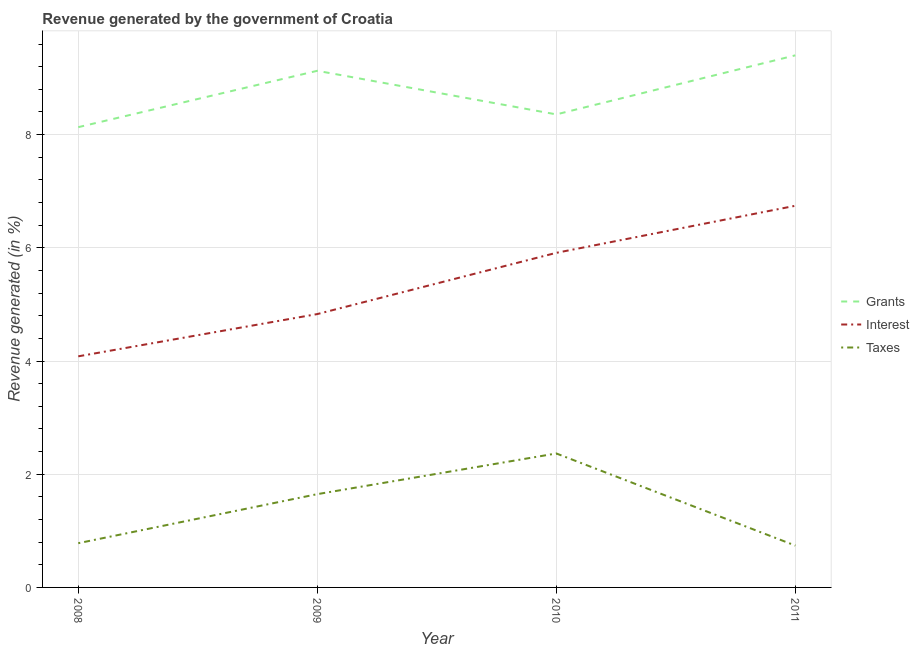
| Year | Grants | Interest | Taxes |
 | --- | --- | --- | --- |
 | 2008 | 8.13 | 4.08 | 0.781 |
 | 2009 | 9.13 | 4.83 | 1.65 |
 | 2010 | 8.36 | 5.91 | 2.37 |
 | 2011 | 9.4 | 6.74 | 0.739 |